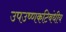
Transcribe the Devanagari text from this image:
उपउष्णकटिबंधीय